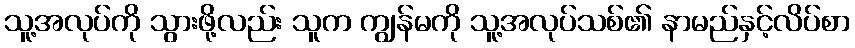
သူ့အလုပ်ကို သွားဖို့လည်း သူက ကျွန်မကို သူ့အလုပ်သစ်၏ နာမည်နှင့်လိပ်စာ